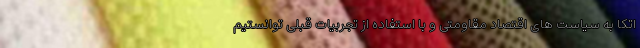
اتکا به سیاست های اقتصاد مقاومتی و با استفاده از تجربیات قبلی توانستیم